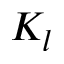
K _ { l }